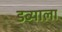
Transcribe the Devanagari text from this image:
डब्याला